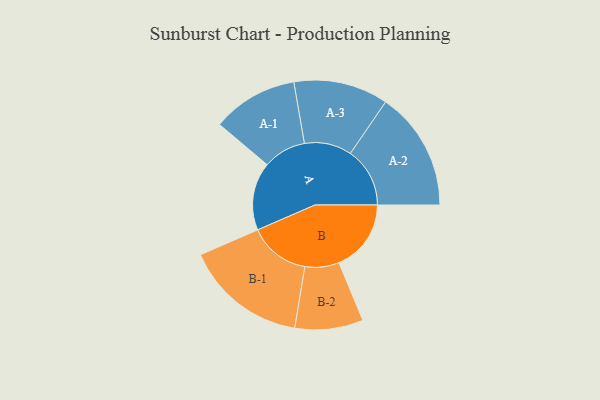
{"axis": {"x": "Segment", "y": "Value"}, "legend": ["", "A", "B"], "data": [{"x": "A", "y": 279, "type": ""}, {"x": "B", "y": 296, "type": ""}, {"x": "A-1", "y": 176, "type": "A"}, {"x": "A-2", "y": 244, "type": "A"}, {"x": "A-3", "y": 194, "type": "A"}, {"x": "B-1", "y": 251, "type": "B"}, {"x": "B-2", "y": 140, "type": "B"}]}